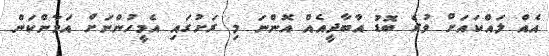
އެއް ލައްކައަށް ވުރެ ބޮޑު އާބާދީއެއް އޮންނަ މި ރަށުގައި އެމީހުންނަށް އަމާންކަން